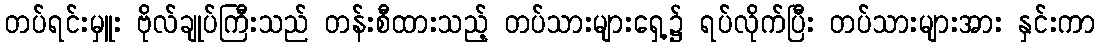
တပ်ရင်းမှူး ဗိုလ်ချုပ်ကြီးသည် တန်းစီထားသည့် တပ်သားများရှေ့၌ ရပ်လိုက်ပြီး တပ်သားများအား နှင်းကာ